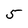
Character: 5